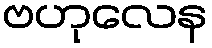
ဗဟုလေန